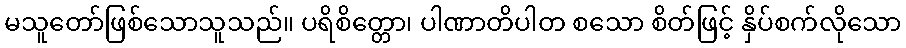
မသူတော်ဖြစ်သောသူသည်။ ပရိစိတ္တော၊ ပါဏာတိပါတ စသော စိတ်ဖြင့် နှိပ်စက်လိုသော